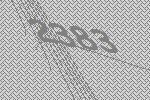
2383